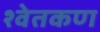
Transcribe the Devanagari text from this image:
श्वेतकण